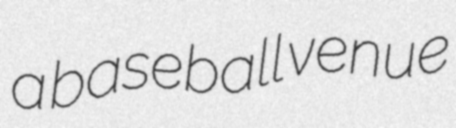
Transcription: a baseball venue